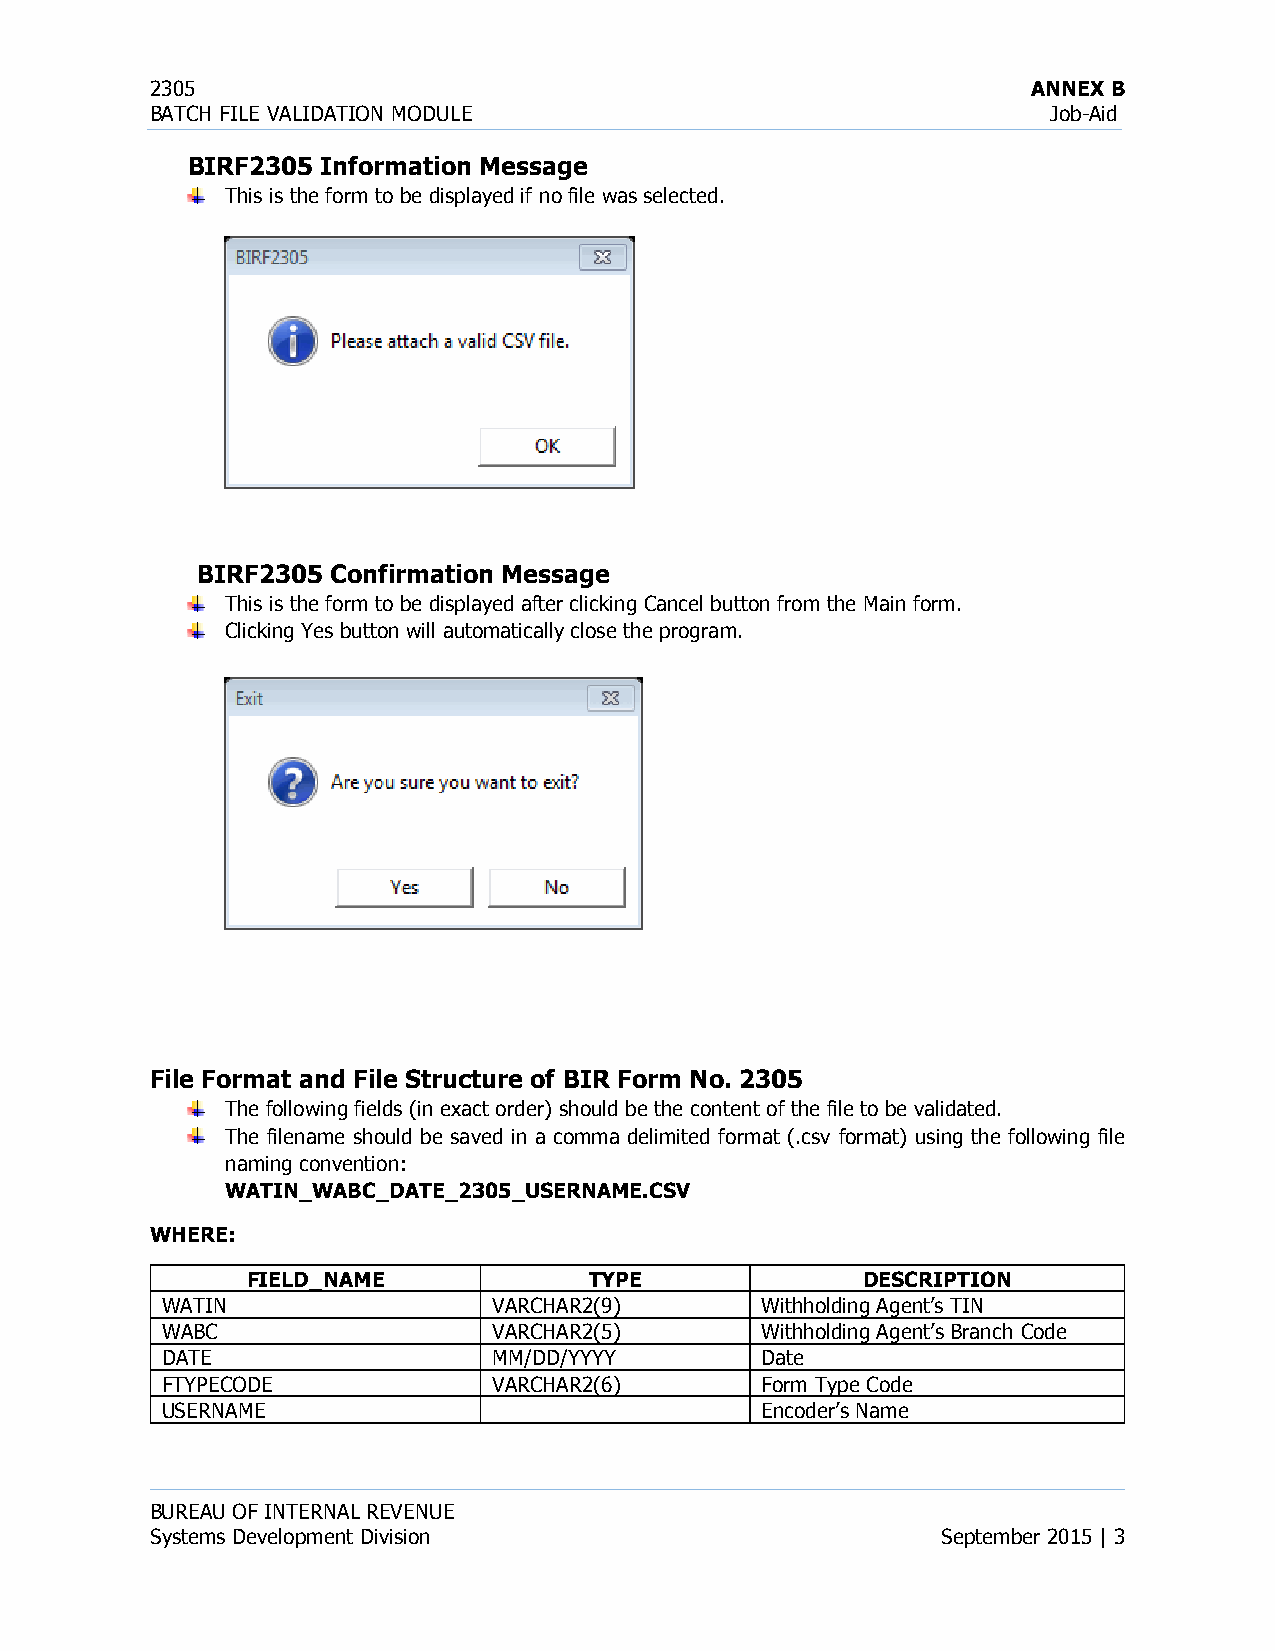
2305                                                      ANNEX B
 BATCH FILE VALIDATION MODULE                                Job-Aid
 BIRF2305 Information Message
 This is the form to be displayed if no file was selected.
 BIRF2305 Confirmation Message
 This is the form to be displayed after clicking Cancel button from the Main form.
 Clicking Yes button will automatically close the program.
 File Format and File Structure of BIR Form No. 2305
 The following fields (in exact order) should be the content of the file to be validated.
 The filename should be saved in a comma delimited format (.csv format) using the following file
 naming convention:
 WATIN_WABC_DATE_2305_USERNAME.CSV
 WHERE:
 FIELD_NAME             TYPE              DESCRIPTION
 WATIN                 VARCHAR2(9)      Withholding Agent’s TIN
 WABC                  VARCHAR2(5)      Withholding Agent’s Branch Code
 DATE                  MM/DD/YYYY       Date
 FTYPECODE             VARCHAR2(6)      Form Type Code
 USERNAME                               Encoder’s Name
 BUREAU OF INTERNAL REVENUE
 Systems Development Division                        September 2015 | 3